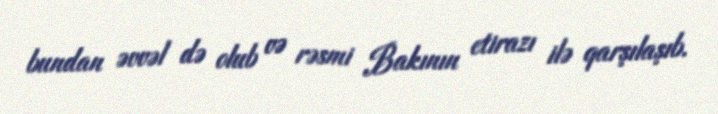
bundan əvvəl də olub və rəsmi Bakının etirazı ilə qarşılaşıb.